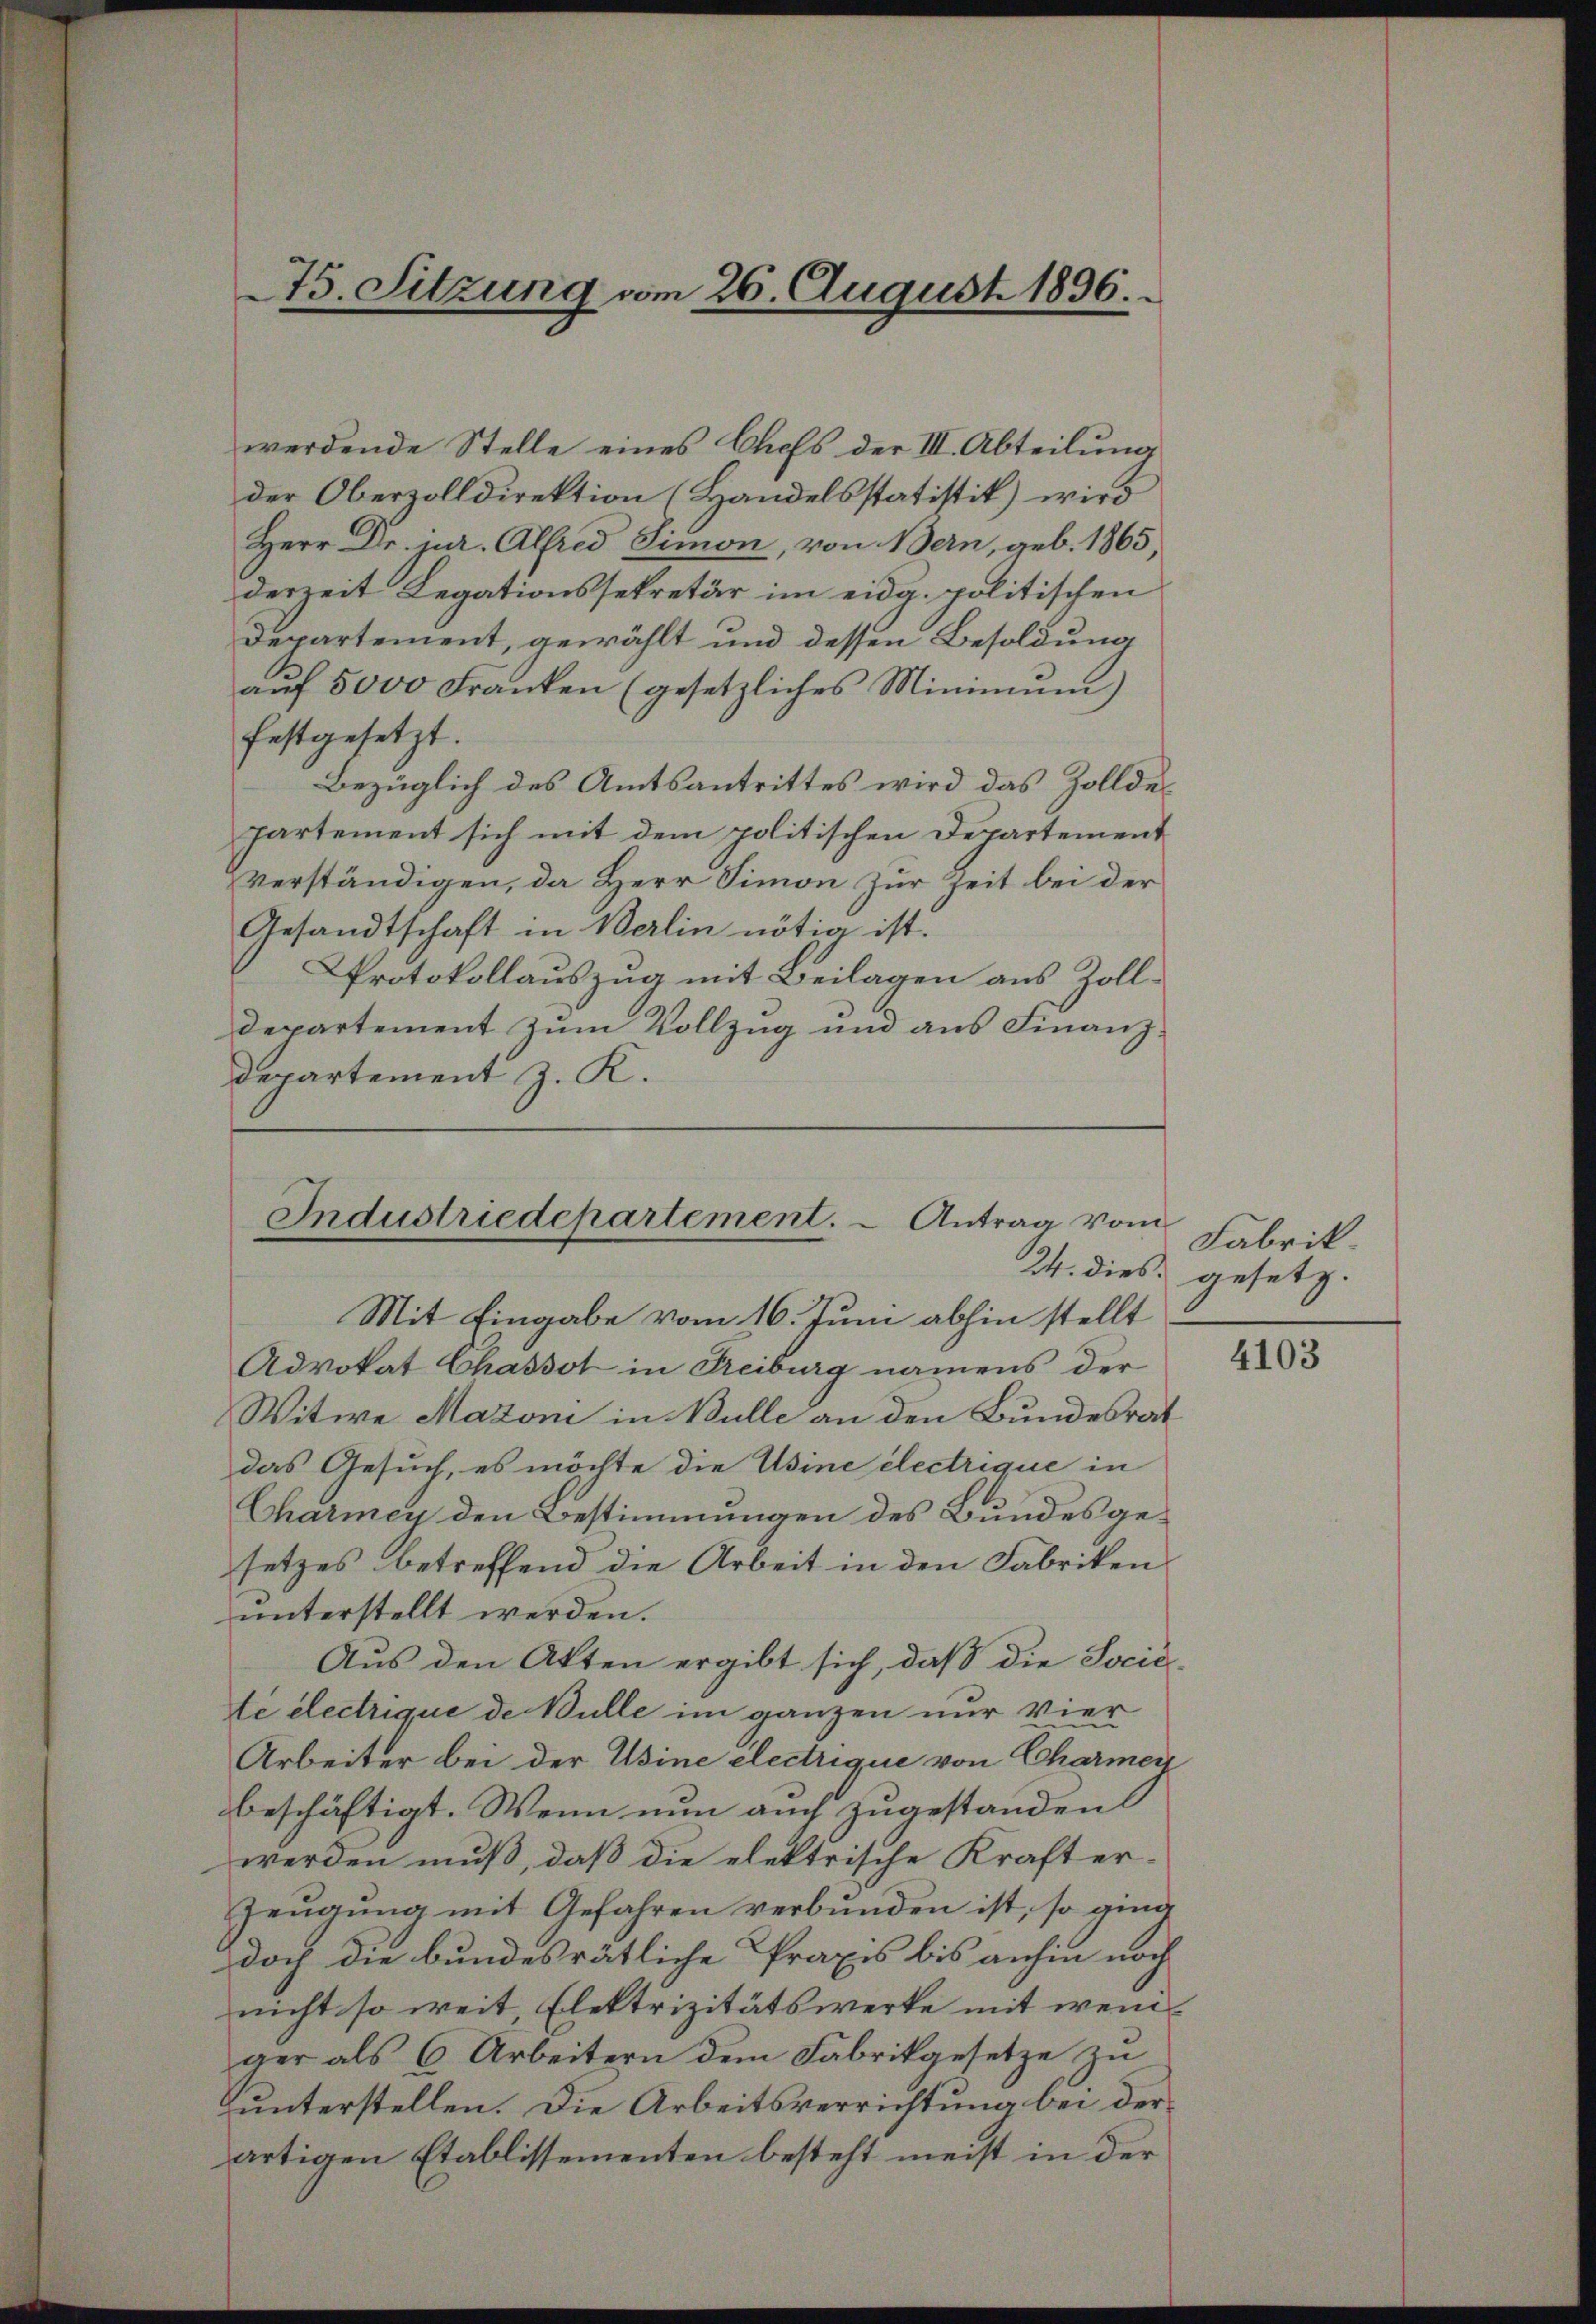
werdende Stelle eines Chefs der III. Abteilung
der Oberzolldirektion (Handelsstatistik) wird
Herr Dr. jur. Alfred Simon, von Bern, geb. 1865,
derzeit Legationssekretär im eidg. politischen
Departement, gewählt und dessen Besoldung
aŭf 5000 Franken (gesetzliches Minimum)
festgesetzt.
Bezüglich des Amtsantrittes wird das Zollde
partement sich mit dem politischen Departement
verständigen, da Herr Simon zur Zeit bei der
Gesandtschaft in Berlin nötig ist.
Protokollauszug mit Beilagen aus Zolldepartement zum Vollzug und aus Finanz¬
Departement z. K.

Mit Eingabe vom 16. Juni abhin stellt
Advokat Chassot in Reiburg namens der
Witwe Mazoni in Bulle an den Bundesrat
das Gesuch, es möchte die Usine electrique in
Charmey den Bestimmungen des Bundesgesetzes betreffend die Arbeit in den Fabriken
unterstellt werden.
Aus den Akten ergibt sich, daß die Socié-
te électrique de Bulle im ganzen nur vier
Arbeiter bei der Usine electrique von Charmer
beschäftigt. Wenn nun auch zugestanden
werden muß, daß die elektrische Kraft er-
Zeugung mit Gefahren verbunden ist, so ging
doch die bundesrätliche Praxis bis anhin noch
nicht so weit Elektrizitätswerke mit wenaer als 6 Arbeitern dem Fabrikgesetze zu
unterstellen. Die Arbeitsverrichtung bei derartigen Etablissementen besteht meist in der

75. Sitzung vom 26. August 1836.

Industriedepartement.  Antrag vom

Fabrik
24. dies gesetz.

4103